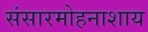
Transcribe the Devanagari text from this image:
संसारमोहनाशाय